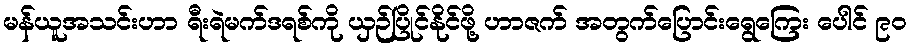
မန်ယူအသင်းဟာ ရီးရဲမက်ဒရစ်ကို ယှဉ်ပြိုင်နိုင်ဖို့ ဟာဇက် အတွက်ပြောင်းရွေကြေး ပေါင် ၉၀